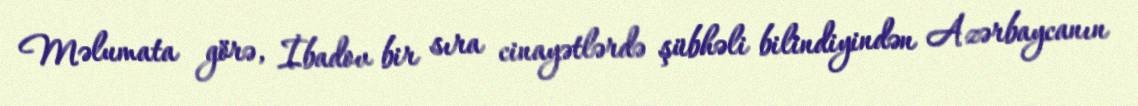
Məlumata görə, İbadov bir sıra cinayətlərdə şübhəli bilindiyindən Azərbaycanın